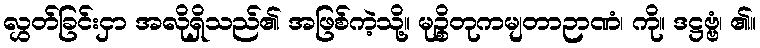
လွှတ်ခြင်းငှာ အလိုရှိသည်၏ အဖြစ်ကဲ့သို့။ မုဉ္စိတုကမျတာဉာဏံ၊ ကို။ ဒဋ္ဌဗ္ဗံ၊ ၏။